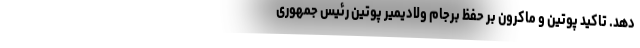
دهد. تاکید پوتین و ماکرون بر حفظ برجام ولادیمیر پوتین رئیس جمهوری